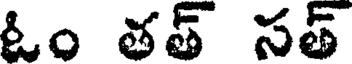
ఓం తత్ సత్